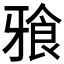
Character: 𭷒